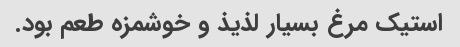
استیک مرغ بسیار لذیذ و خوشمزه طعم بود.